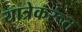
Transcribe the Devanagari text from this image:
यात्रेकरूंत